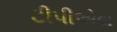
ટીપીએલ